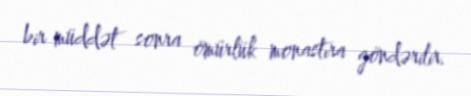
bir müddət sonra ömürlük monastıra göndərilir.